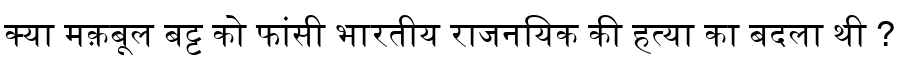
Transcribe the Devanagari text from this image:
क्या मक़बूल बट्ट को फांसी भारतीय राजनयिक की हत्या का बदला थी ?